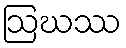
ဩဃဿ